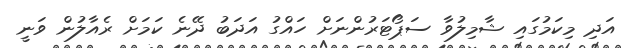
އަދި މިކަމުގައި ޝާމިލުވާ ސަޕޯޓަރުންނަށް ހައްގު އަދަބު ދޭނެ ކަމަށް ރެއާލުން ވަނީ